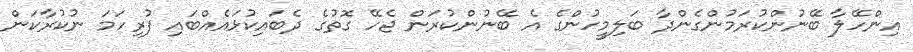
އިންހޭލާ ބޭނުންކުރަމުންގެންދާ ބަލިމީހުންގެ އެ ބޭނުންކުރަން ޖެހޭ ގޮތުގެ ދެބައިކުޅައެއްބައި ފުރިހަމަ ނުކުރާކަން